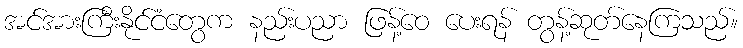
အင်အားကြီးနိုင်ငံတွေက နည်းပညာ ဖြန့်ဝေ ပေးရန် တွန့်ဆုတ်နေကြသည်။